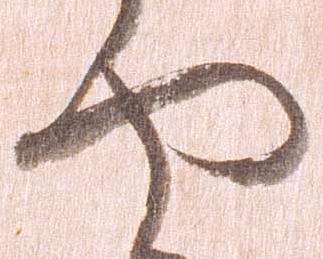
や